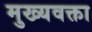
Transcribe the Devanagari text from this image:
मुख्यवक्ता